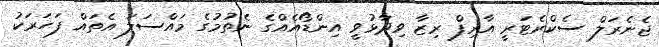
ޖެނެރަލް ސެކްރެޓަރީ އާރިފް ރިޒާ ވިދާޅުވީ އިންޑޯއެއްގެ ނެތުމުގެ މައްސަލަ އެތައް ފަހަރަކު